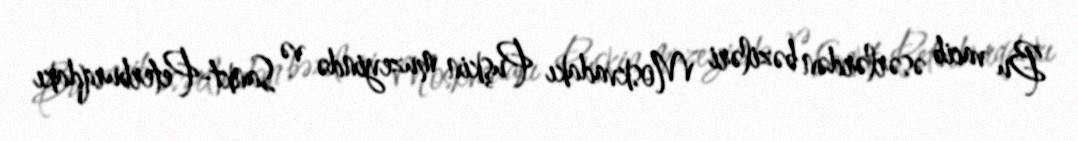
Bu vacib əsərlərdən bəziləri Moskvadakı Puşkin muzeyində və Sankt-Peterburqdakı